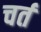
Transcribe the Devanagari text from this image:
चर्त